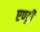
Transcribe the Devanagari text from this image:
एण्ट्री